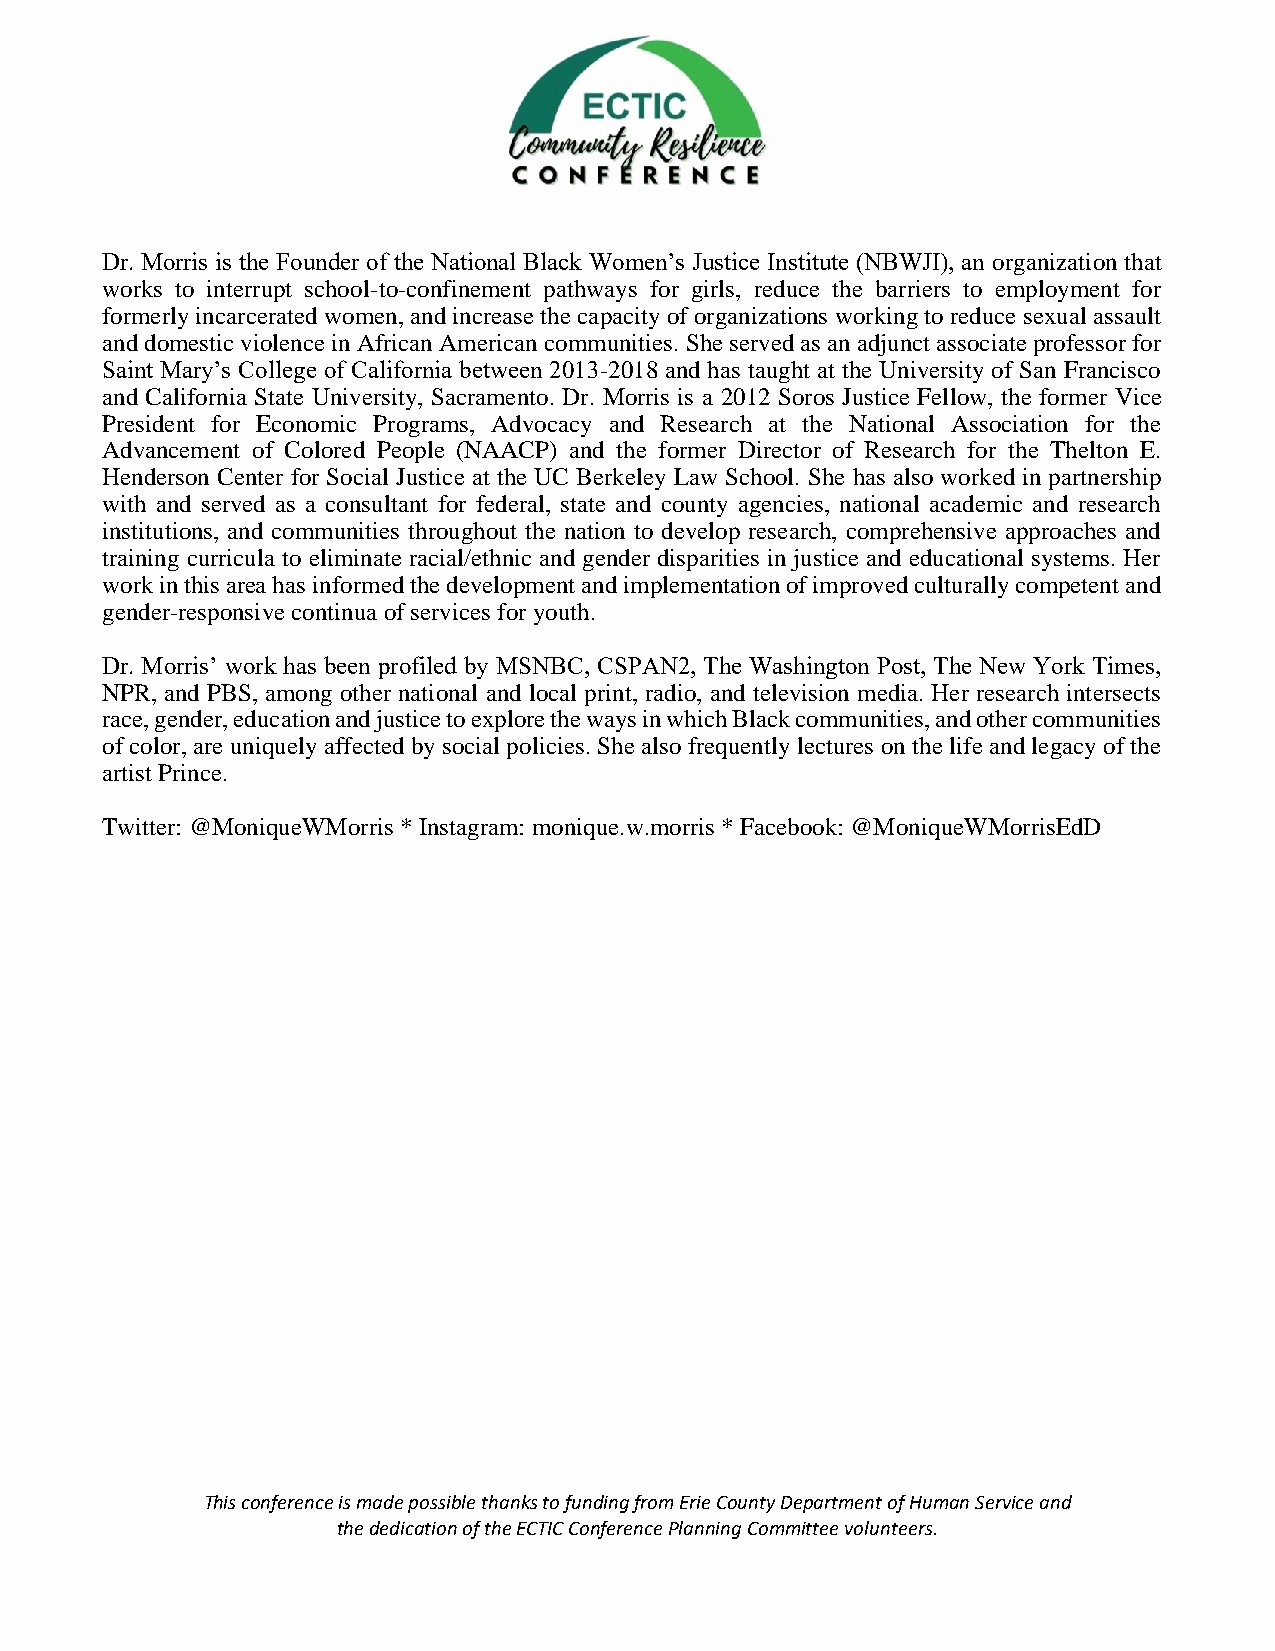
Dr. Morris is the Founder of the National Black Women’s Justice Institute (NBWJI), an organization that
 works to interrupt school-to-confinement pathways for girls, reduce the barriers to employment for
 formerly incarcerated women, and increase the capacity of organizations working to reduce sexual assault
 and domestic violence in African American communities. She served as an adjunct associate professor for
 Saint Mary’s College of California between 2013-2018 and has taught at the University of San Francisco
 and California State University, Sacramento. Dr. Morris is a 2012 Soros Justice Fellow, the former Vice
 President for Economic Programs, Advocacy and Research at the National Association for the
 Advancement of Colored People (NAACP) and the former Director of Research for the Thelton E.
 Henderson Center for Social Justice at the UC Berkeley Law School. She has also worked in partnership
 with and served as a consultant for federal, state and county agencies, national academic and research
 institutions, and communities throughout the nation to develop research, comprehensive approaches and
 training curricula to eliminate racial/ethnic and gender disparities in justice and educational systems. Her
 work in this area has informed the development and implementation of improved culturally competent and
 gender-responsive continua of services for youth.
 Dr. Morris’ work has been profiled by MSNBC, CSPAN2, The Washington Post, The New York Times,
 NPR, and PBS, among other national and local print, radio, and television media. Her research intersects
 race, gender, education and justice to explore the ways in which Black communities, and other communities
 of color, are uniquely affected by social policies. She also frequently lectures on the life and legacy of the
 artist Prince.
 Twitter: @MoniqueWMorris * Instagram: monique.w.morris * Facebook: @MoniqueWMorrisEdD
 This conference is made possible thanks to funding from Erie County Department of Human Service and
 the dedication of the ECTIC Conference Planning Committee volunteers.